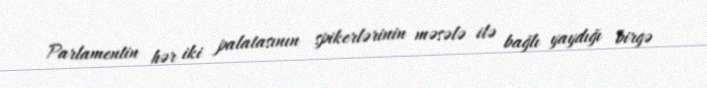
Parlamentin hər iki palatasının spikerlərinin məsələ ilə bağlı yaydığı birgə